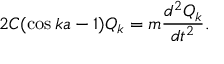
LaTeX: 2 C ( \cos { k a - 1 } ) Q _ { k } = m { \frac { d ^ { 2 } Q _ { k } } { d t ^ { 2 } } } .